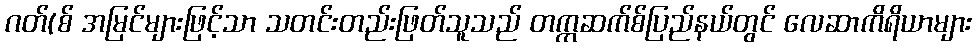
ဂတ်(စ် အမြင်များဖြင့်သာ သတင်းတည်းဖြတ်သူသည် တက္ကဆက်စ်ပြည်နယ်တွင် လေဆာကိရိယာများ